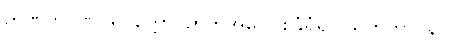
ဉာဏတိဂဏပရိဝုတ္တော၊ ဉာတိအပေါင်းခြံရံ၍။ သကတာဝနာ၊